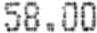
58.00